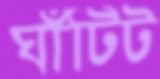
ঘাঁটিট